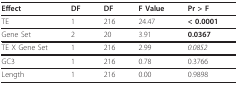
| Effect | DF | DF | F Value | Pr > F |
 | --- | --- | --- | --- | --- |
 | TE | 1 | 216 | 24.47 | < 0.0001 |
 | Gene Set | 2 | 20 | 3.91 | 0.0367 |
 | TE X Gene Set | 1 | 216 | 2.99 | 0.0852 |
 | GC3 | 1 | 216 | 0.78 | 0.3766 |
 | Length | 1 | 216 | 0.00 | 0.9898 |